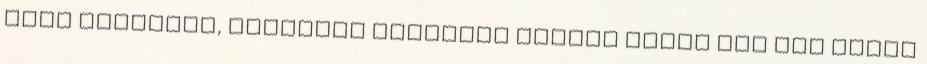
alig mozogtak, bebújtak szorosan egymás mellé egy kis odúba